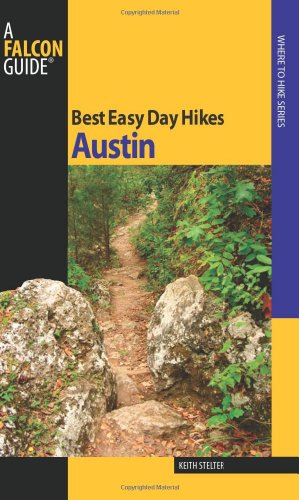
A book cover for Best Easy Day Hikes Austin (Best Easy Day Hikes Series); Keith Stelter; Travel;